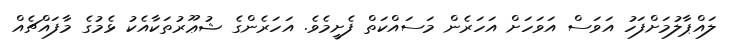
ލައްޕާލުމަށްފަހު އަވަސް އަވަހަށް އަހަރެން މަސައްކަތް ފެށީމެވެ. އަހަރެންގެ ޝުޢޫރުތަކާއެކު ޅެމުގެ މާފައްޗެއް